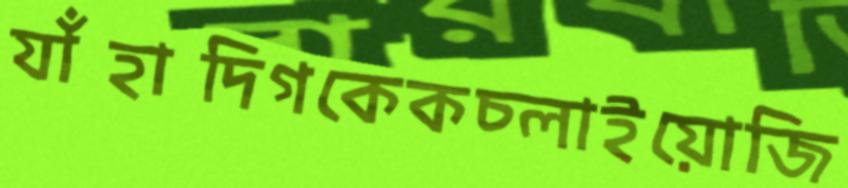
যাঁহাদিগকেকচ্‌লাইয়োজি